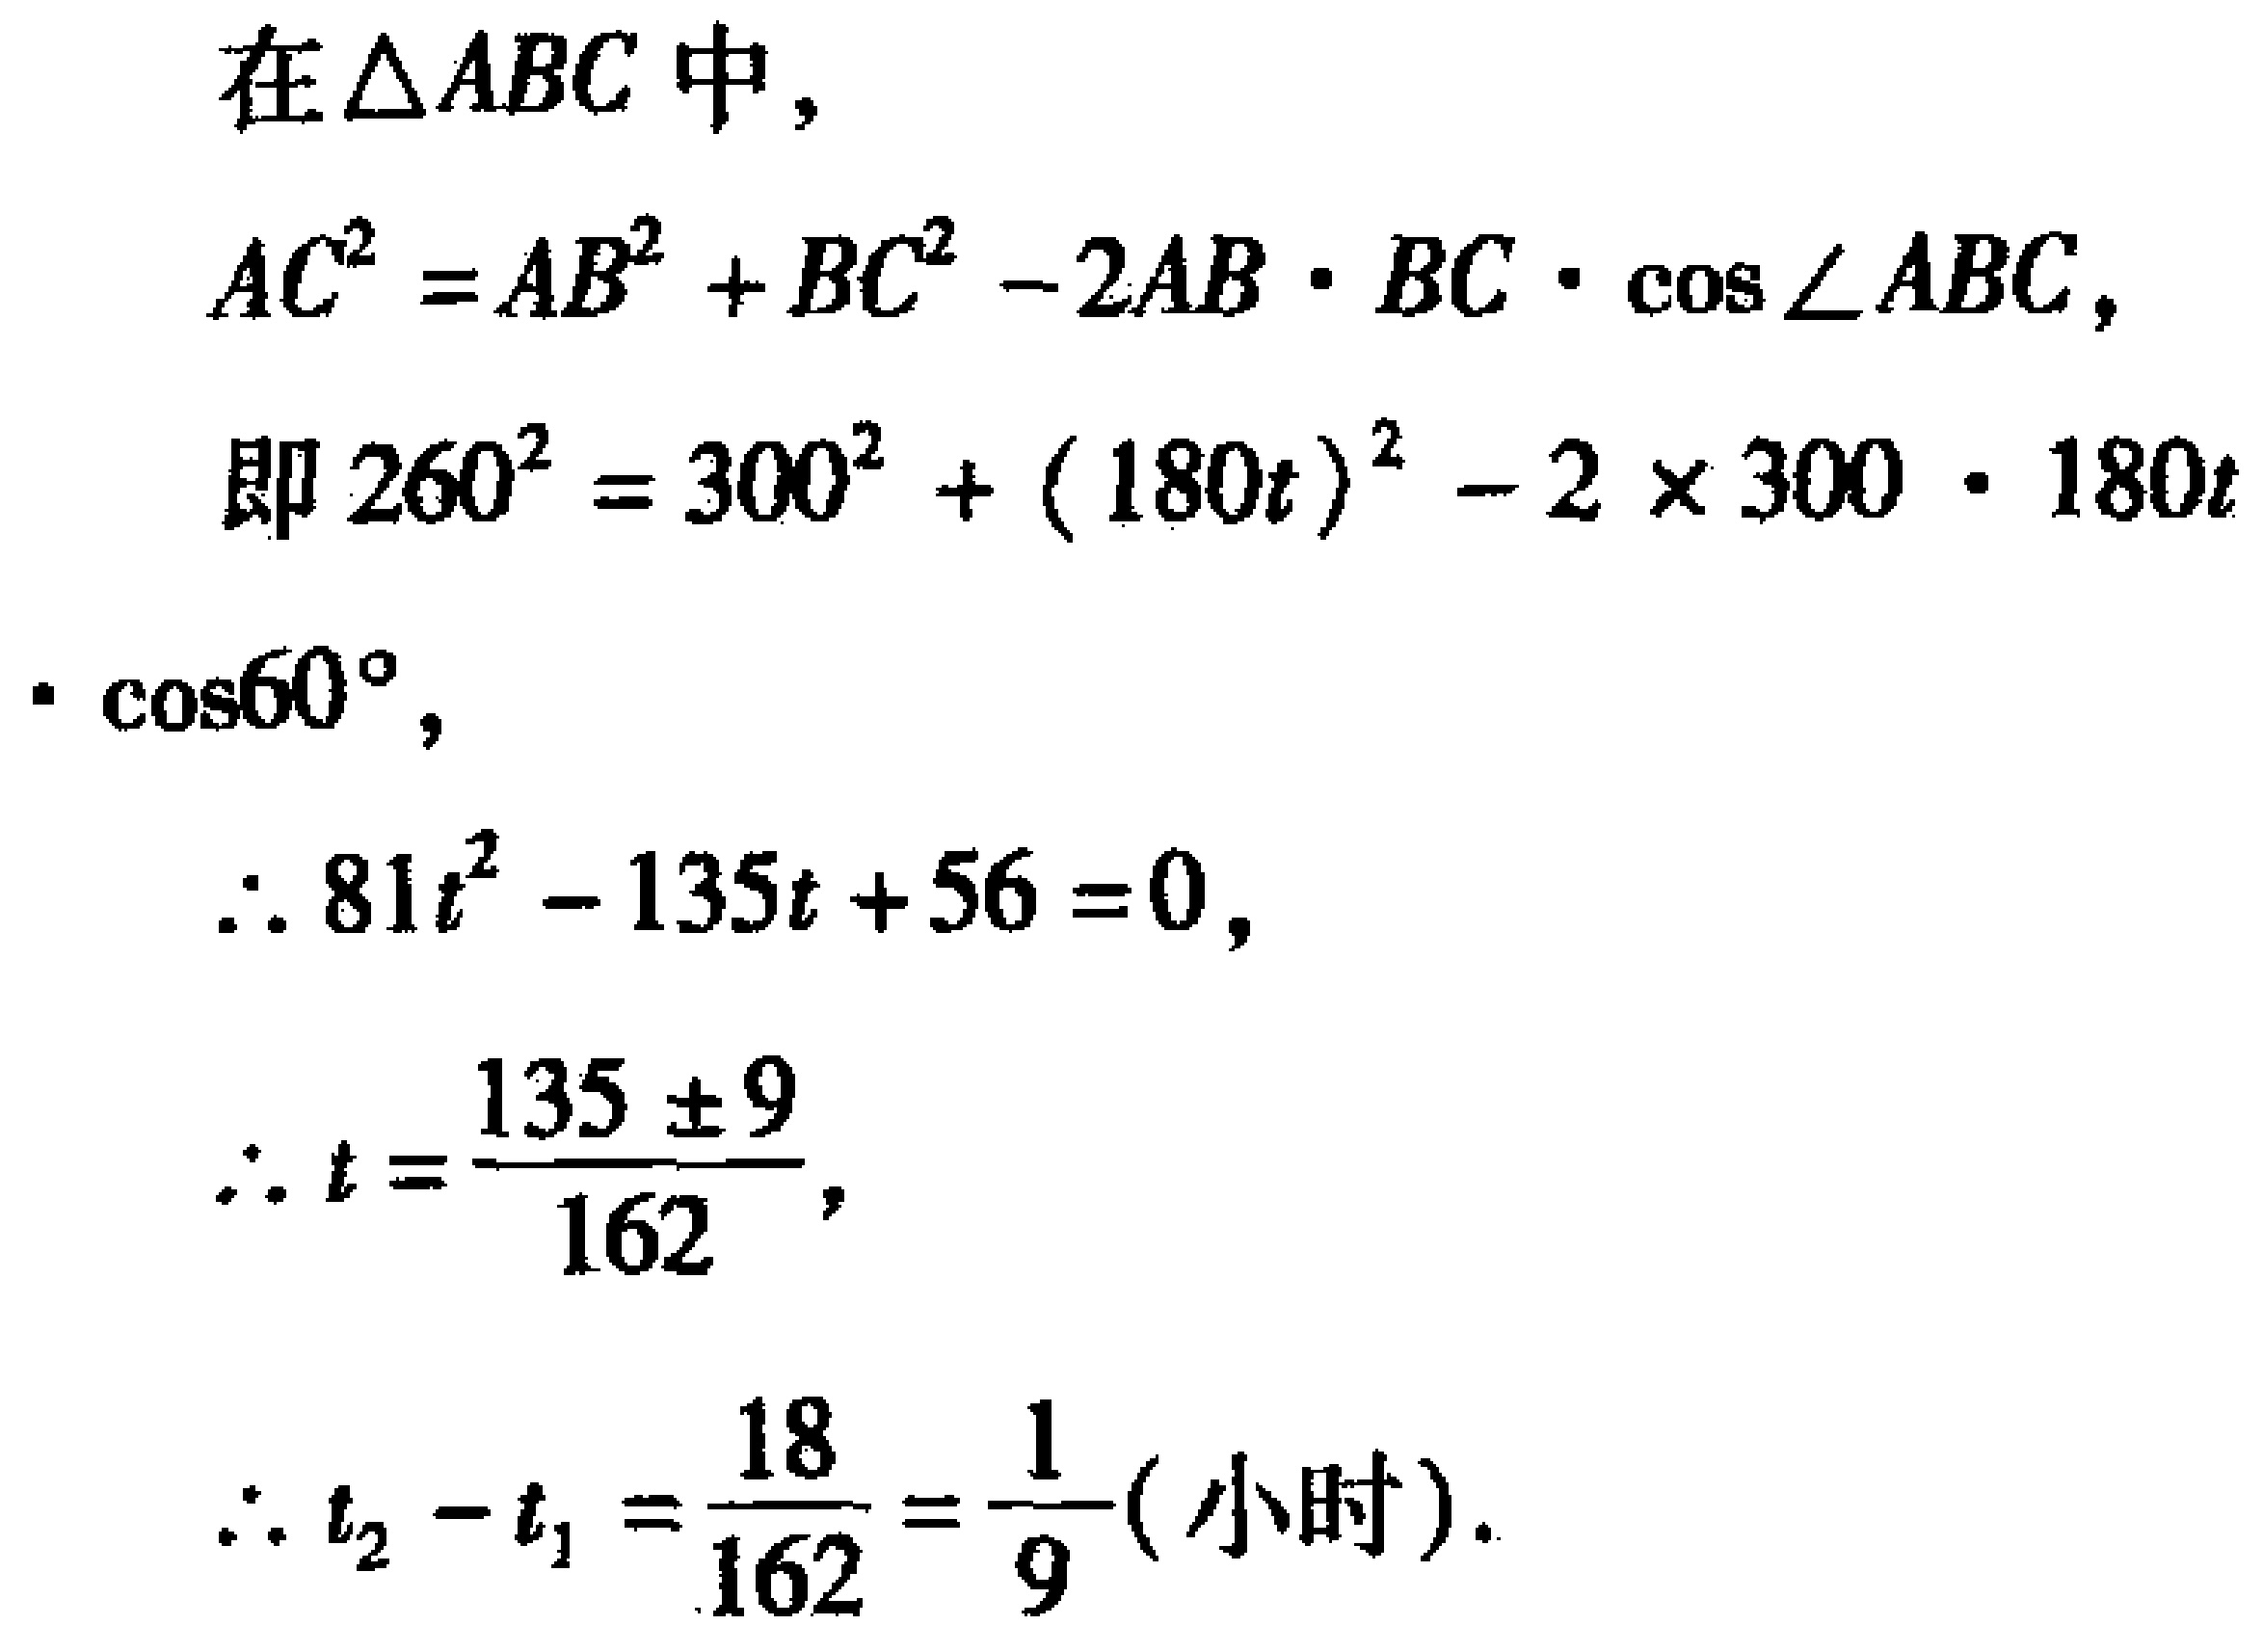
在\(\triangle ABC\)中，
\(AC^{2}=AB^{2}+BC^{2}-2AB\cdot BC\cdot\cos\angle ABC\)，
即\(260^{2}=300^{2}+(180t)^{2}-2\times300\cdot180t\)
\(\cdot\cos60^{\circ}\)，
\(\therefore 81t^{2}-135t + 56 = 0\)，
\(\therefore t=\frac{135\pm9}{162}\)，
\(\therefore t_{2}-t_{1}=\frac{18}{162}=\frac{1}{9}(\text{小时})\)。